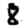
Digit: 8